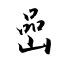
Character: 嵒